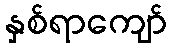
နှစ်ရာကျော်